Vital statistics of India. Vol. IV, Annual returns from 1871 to 1876. British Army of India, Native Army and jails of Bengal
Year: 1871
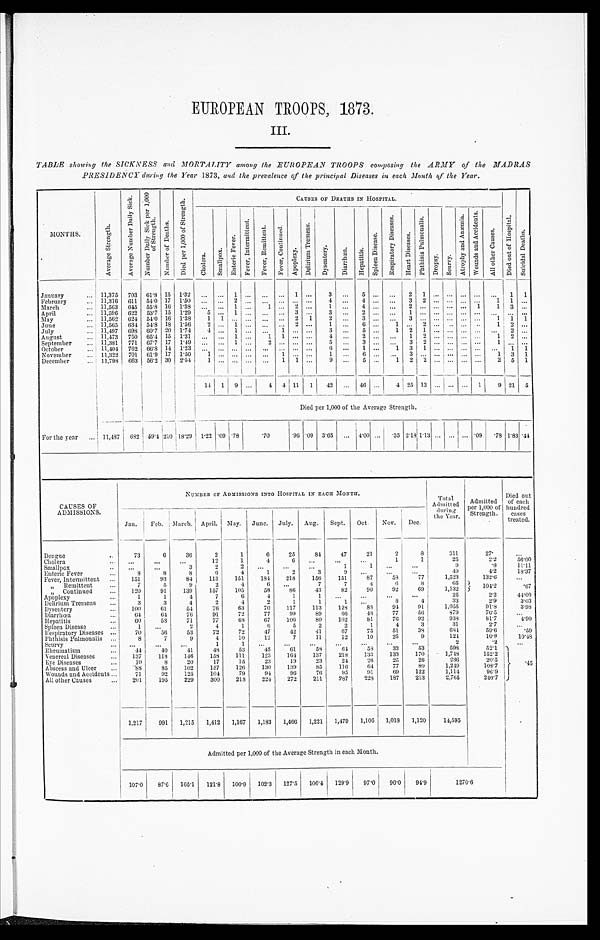
EUROPEAN TROOPS, 1873. III
TABLE showing the SICKNESS and MORTALITY among the EUROPEAN TROOPS composing the ARMY of the MADRAS
PRESIDENCY during the Year 1 8 7 3 , and the prevalence of the principal Diseases in each Month of the Year.
MONTHS.
A v e r a g e s t r e n g t h .
A v e r a g e N u m b e r D a i l y S i c k .
N u m b e r D a i l y S i c k p e r 1 , 0 0 0 o f S t r e n g t h .
N u m b e r o f D e a t h s .
D i e d p e r 1 , 0 0 0 o f S t r e n g t h .
CAUSES OF DEATHS IN HOSPITAL.
Di e d o u t o f Ho s p i t a l .
S c i c i d a l D e a t h s .
C h o l e r a .
S m a l l p o x .
E n t e r i c F e v e r .
F e v e r , I n t e r m i t t e d .
F e v e r , R e m i t t e d .
F e v e r , C o n t i n u e d .
A p o p l e x y .
D e l i r i u m T r e m e n s .
D y s e n t e r y .
D i a r r h œ a .
H e p a t i t i s .
S p l e e n Di s e a s e .
R e s p i r a t o r y D i s e a s e s .
H e a r t D i s e a s e s .
P h t h i s i s P u l m o n a l i s .
D r o p s y .
S c u r v y .
A t o p h y a n d A n æ mi a .
W o u n d s a n d A c c i d e n t s .
A l l o t h e r C a u s e s .
January . . .
11,375
703
61.8 15
1.32
. . .
. . . 1
. . .
. . .
. . . 1
. . .
3
. . .
5 . . .
. . .
2
1
. . .
. . .. . .
. . .
. . .1
1
February . . .
11,316
611 54.0 17
1.50
. . .
. . . 2
. . .
. . .
. . .
. . . . . .
4
. . .
4 . . .
. . .
3
2
. . .
. . .. . .
. . .
1
1
. . .
March . . .
11,563
645 55.8 16 1.38
. . .
. . . 1
. . .
1
. . .
2
. . .
1
. . .
4 . . .
. . .
2
. . .
. . .
. . .. . .
1
1
3
. . .
April . . .
11,596
622
53.7 15
1.29
5
. . .
1
. . .
. . .
. . .
3
. . .
3
. . .
2 . . .
. . .
1
. . .
. . .
. . .. . .
. . .
. . .
. . . . . .
May . . .
11,562
624
54.0 16
1.38
1
1
. . .
. . .
. . .
. . .
2
1
2
. . .
3 . . .
. . .
3
. . .
. . .
. . .. . .
. . .
1
1
1
June . . .
11,565
634
54.8 18
1.56
2
. . . 1
. . .
. . .
. . .
2
. . .
1
. . .
6 . . .
1
. . .
2
. . .
. . .. . .
. . .
1
2
. . .
July . . .
11,497
698 60.7 20
1.74 4
. . .
1
. . .
. . .
1
. . .
. . .
3
. . .
5 . . .
1
2
1
. . .
. . .. . .
. . .
. . .
2
. . .
August . . .
11,473
750 65.4 15
1.31
. . .
. . . 1
. . .
1
1
. . .
. . .
4
. . .
2 . . .
. . .
1
2
. . .
. . .. . .
. . .
1
2
. . .
September . . .
11,381
771
67.7 17
1.49
. . .
. . . 1
. . .
2
. . .
. . .
. . .
5
. . .
3 . . .
. . .
3
2
. . .
. . .. . .
. . .
1 . . .
. . .
October . . .
11,404
762 66.8 14
1.23
. . .
. . .
. . .
. . .
. . .
. . .
. . .
. . .
6
. . .
1 . . .
1
3
1
. . .
. . .. . .
. . .
. . .1
1
November . . .
11,322
701 61.9 17
1.50
1
. . .
. . .
. . .
. . .
1
. . .
. . .
1
. . .
6 . . .
. . .
3
. . .
. . .
. . .. . .
. . .
1
3
1
December . . .
11,793
663
56.2 30
2.54
1
. . .
. . .
. . .
. . .
1
1
. . .
9
. . .
5 . . .
1
2
2
. . .
. . .. . .
. . .
2
5 1
14
1 9
. . .
4
4 11
1
42
. . .
4 6 . . .
4 25 13
. . .
. . .
. . .
1
9 21
5
Died per 1,000 of the Average Strength.
For the year . . .
11,487
682 59.4 210 18.29
1.22 .09 .78
.70
.96 .09
3.65
. . . 4.00 . . .
. 35 2.18 1.13
. . .
. . .
. . .
.09
.78 1.83 .44
CAUSES OF
ADMISSIONS.
NUMBER OF ADMISSIONS INTO HOSPITAL IN EACH MONTH.
Total Admitted
during
the Year.
Admitted
per 1,000 of
Strength.
Died
ed out
of each
hundred
cases
treated.
Jan.
Feb.
March.
April.
May.
June.
July.
Aug.
Sept.
Oct.
Nov.
Dec.
Dengue . . .
73
6
36
2
1
6
25
84
47
21
2
8
311
27
. . .
Choler . . .
. . .
. . .
. . .
12
1
4
6
. . .
. . .
. . .
1
1
25
2.2
56.00
Smallpox . . .
. . .
. . .
3
2
2
8
. . .
. . .
1
1
. . .
. . .
9
.8
1 1. 11
Enteric Fever . . .
8
8
8
6
4
1
2
3
9
. . .
. . .
. . .
49
4.2
18.37
Fever, Intermittent . . .
151
93
84
113
151
184
218
156
151
87
58
77
1,523
132.6
. . .
" Remittent . . .
7
5
9
2
4
6
. . .
7
7
4
6
8
65
10 4 . 2
.67
" Continued . . .
1 2 0
91
139
157
105
58
86
43
82
90
92
69
1,132
Apopl exy . . .
1
1
4
7
6
4
1
1
. . .
. . .
. . .
. . .
25
2 . 2
4 4 . 0 0
Delirium Tremens . . .
3
3
4
2
4
2
1
1
1
. . .
8
4
33
2.9
3 . 0 3
Dysentery . . .
1 0 0
61
54
76
63
70
117
113
128
88
94
91
1,055
91.8
3 . 9 8
Diarrhœa. . .
64
64
76
91
72
77
99
89
6 6
48
77
56
879
76.5
. . .
Hepatitis . . .
60
58
71
77
6 8
67
106
80
102
81
76
92
938
81.7
4 . 9 0
Spleen Disease . . .
1
. . .
2
4
1
6
5
2
2
1
4
3
31
2.7
. . .
Respiratory Diseases . . .
70
56
53
72
72
47
42
41
67
75
51
38
684
59.6
. 5 9
Phthisis Pulmonalis . . .
8
7
9
4
10
12
7
11
12
10
25
9
124
10.8
1 0 . 4 8
Scurvy . . .
. . .
. . .
. . .
1
1
. . .
. . .
. . .
. . .
. . .
. . .
. . .
2
.2
. . .
Rheumatism . . .
44
40
41
48
53
45
61
58
6 4
58
33
53
598
52.1
4 5
Venereal Diseases . . .
1 3 7
118
146
158
111
123
164
137
218
133
133
170
1,748
152.2
EyeDiseases . . .
10
8
20
17
10
23
19
23
24
26
2 5
26
236
20.5
Abscess and Ulcer . . .
. 8 8
85
102
157
126
130
139
85
116
64
77
80
1,249
108.7
Wounds and Accidents . . .
71
92
125
104
79
94
96
70
95
91
69
122
1,114
96.9
All other Causes . . .
201
195 229
300
218
224
272
211
287
228
187
213
2,765
240.7
1,217
991
1,215
1,412
1,167
1,183
1,466
1,221
1,479
1,106
1,018
1,120
14,595
Admitted per 1,000 of the Average Strength in each Month.
107.0
87.6
105.1
121.8
100.9
102.3
127.5
106.4
129.9
97.0
90.0
94.9
1270.6